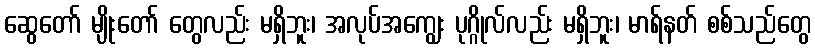
ဆွေတော် မျိုးတော် တွေလည်း မရှိဘူး၊ အလုပ်အကျွေး ပုဂ္ဂိုလ်လည်း မရှိဘူး၊ မာရ်နတ် စစ်သည်တွေ